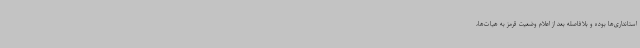
استانداری‌ها بوده و بلافاصله بعد از اعلام وضعیت قرمز به هیات‌ها،